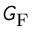
G _ { \mathrm { F } }